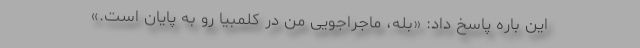
این باره پاسخ داد: «بله، ماجراجویی من در کلمبیا رو به پایان است.»